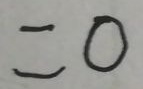
= 0